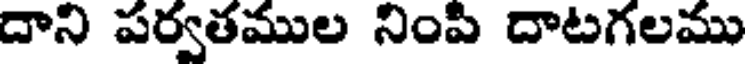
దాని పర్వతముల నింపి దాటగలము